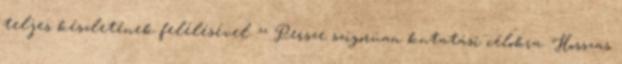
teljes készletének felélésével. ^^ Persze szigorúan kutatási célokra. Hosszas